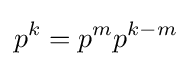
p^{k}=p^{m}p^{k-m}